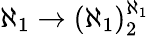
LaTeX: \aleph_{1}\rightarrow(\aleph_{1})_{2}^{\aleph_{1}}